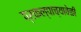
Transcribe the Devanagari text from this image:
प्रकल्पाच्यावेळी